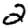
Digit: 2